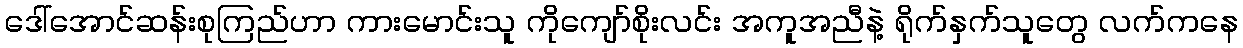
ဒေါ်အောင်ဆန်းစုကြည်ဟာ ကားမောင်းသူ ကိုကျော်စိုးလင်း အကူအညီနဲ့ ရိုက်နှက်သူတွေ လက်ကနေ